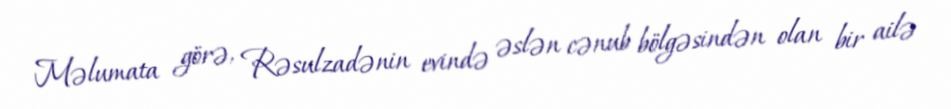
Məlumata görə, Rəsulzadənin evində əslən cənub bölgəsindən olan bir ailə